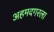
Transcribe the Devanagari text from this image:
अहमदगरला